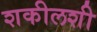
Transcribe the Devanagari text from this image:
शकीलशी